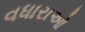
વધારાઓ